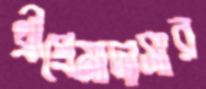
থ্রীপ্রেমাদাসার